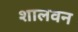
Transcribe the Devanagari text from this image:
शालवन